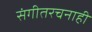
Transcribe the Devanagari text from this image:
संगीतरचनाही